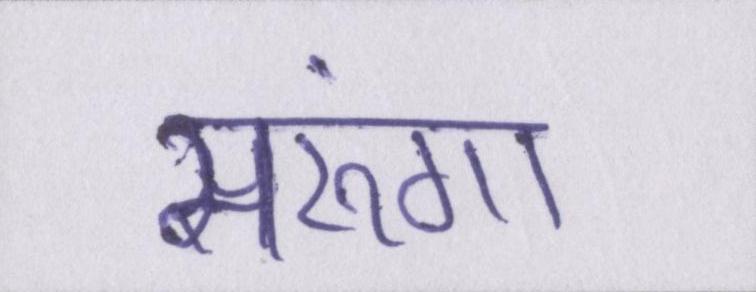
मरूंगा